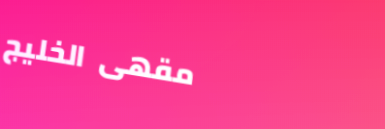
مقهى الخليج